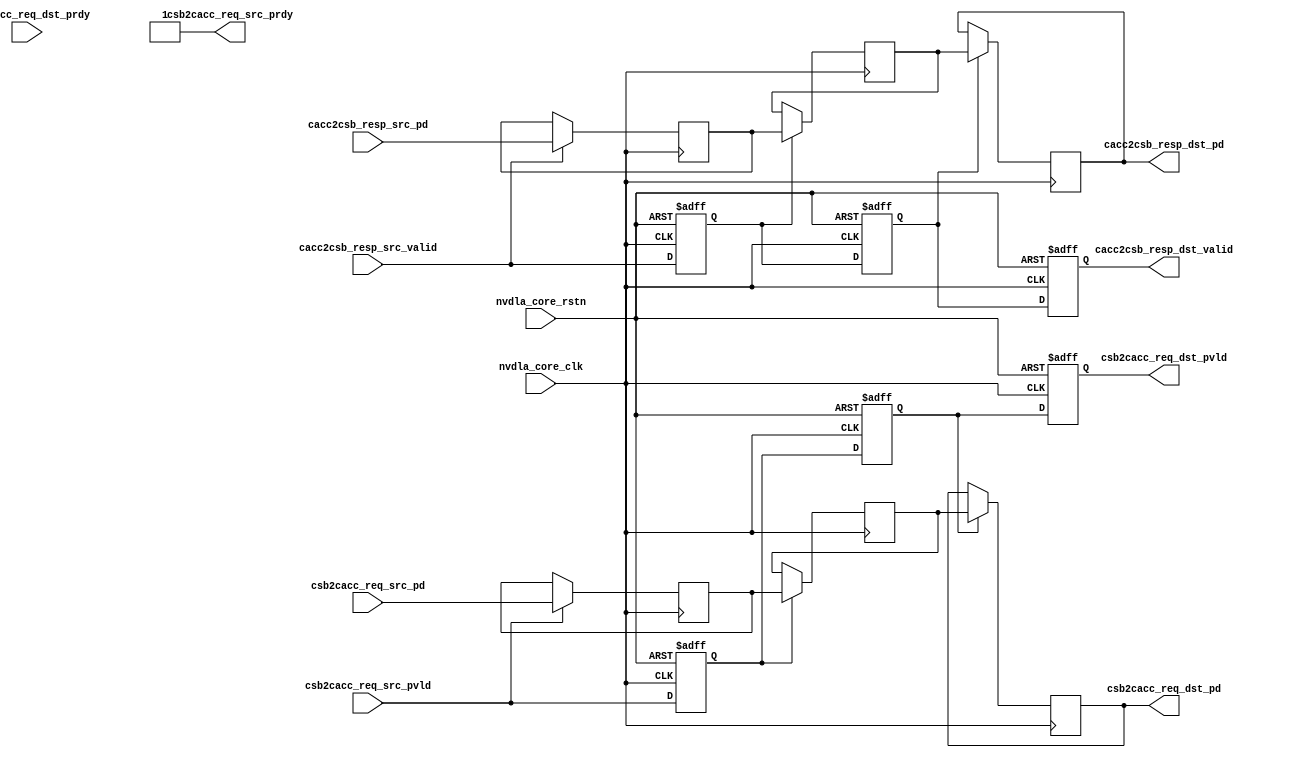
// ================================================================
// NVDLA Open Source Project
// 
// Copyright(c) 2016 - 2017 NVIDIA Corporation.  Licensed under the
// NVDLA Open Hardware License; Check "LICENSE" which comes with 
// this distribution for more information.
// ================================================================


module NV_NVDLA_RT_csb2cacc (
   nvdla_core_clk
  ,nvdla_core_rstn
  ,csb2cacc_req_src_pvld
  ,csb2cacc_req_src_prdy
  ,csb2cacc_req_src_pd
  ,cacc2csb_resp_src_valid
  ,cacc2csb_resp_src_pd
  ,csb2cacc_req_dst_pvld
  ,csb2cacc_req_dst_prdy
  ,csb2cacc_req_dst_pd
  ,cacc2csb_resp_dst_valid
  ,cacc2csb_resp_dst_pd
  );

//
// NV_NVDLA_RT_csb2cacc_ports.v
//
input  nvdla_core_clk;
input  nvdla_core_rstn;

input         csb2cacc_req_src_pvld;  /* data valid */
output        csb2cacc_req_src_prdy;  /* data return handshake */
input  [62:0] csb2cacc_req_src_pd;

input        cacc2csb_resp_src_valid;  /* data valid */
input [33:0] cacc2csb_resp_src_pd;     /* pkt_id_width=1 pkt_widths=33,33  */

output        csb2cacc_req_dst_pvld;  /* data valid */
input         csb2cacc_req_dst_prdy;  /* data return handshake */
output [62:0] csb2cacc_req_dst_pd;

output        cacc2csb_resp_dst_valid;  /* data valid */
output [33:0] cacc2csb_resp_dst_pd;     /* pkt_id_width=1 pkt_widths=33,33  */

wire [33:0] cacc2csb_resp_pd_d0;
wire        cacc2csb_resp_valid_d0;
wire [62:0] csb2cacc_req_pd_d0;
wire        csb2cacc_req_pvld_d0;
reg  [33:0] cacc2csb_resp_pd_d1;
reg  [33:0] cacc2csb_resp_pd_d2;
reg  [33:0] cacc2csb_resp_pd_d3;
reg         cacc2csb_resp_valid_d1;
reg         cacc2csb_resp_valid_d2;
reg         cacc2csb_resp_valid_d3;
reg  [62:0] csb2cacc_req_pd_d1;
reg  [62:0] csb2cacc_req_pd_d2;
reg  [62:0] csb2cacc_req_pd_d3;
reg         csb2cacc_req_pvld_d1;
reg         csb2cacc_req_pvld_d2;
reg         csb2cacc_req_pvld_d3;


assign csb2cacc_req_src_prdy = 1'b1;




assign csb2cacc_req_pvld_d0 = csb2cacc_req_src_pvld;
assign csb2cacc_req_pd_d0 = csb2cacc_req_src_pd;


assign cacc2csb_resp_valid_d0 = cacc2csb_resp_src_valid;
assign cacc2csb_resp_pd_d0 = cacc2csb_resp_src_pd;




always @(posedge nvdla_core_clk or negedge nvdla_core_rstn) begin
  if (!nvdla_core_rstn) begin
    csb2cacc_req_pvld_d1 <= 1'b0;
  end else begin
  csb2cacc_req_pvld_d1 <= csb2cacc_req_pvld_d0;
  end
end
always @(posedge nvdla_core_clk) begin
  if ((csb2cacc_req_pvld_d0) == 1'b1) begin
    csb2cacc_req_pd_d1 <= csb2cacc_req_pd_d0;
  // VCS coverage off
  end else if ((csb2cacc_req_pvld_d0) == 1'b0) begin
  end else begin
    csb2cacc_req_pd_d1 <= 'bx;  // spyglass disable STARC-2.10.1.6 W443 NoWidthInBasedNum-ML -- (Constant containing x or z used, Based number `bx contains an X, Width specification missing for based number)
  // VCS coverage on
  end
end


always @(posedge nvdla_core_clk or negedge nvdla_core_rstn) begin
  if (!nvdla_core_rstn) begin
    cacc2csb_resp_valid_d1 <= 1'b0;
  end else begin
  cacc2csb_resp_valid_d1 <= cacc2csb_resp_valid_d0;
  end
end
always @(posedge nvdla_core_clk) begin
  if ((cacc2csb_resp_valid_d0) == 1'b1) begin
    cacc2csb_resp_pd_d1 <= cacc2csb_resp_pd_d0;
  // VCS coverage off
  end else if ((cacc2csb_resp_valid_d0) == 1'b0) begin
  end else begin
    cacc2csb_resp_pd_d1 <= 'bx;  // spyglass disable STARC-2.10.1.6 W443 NoWidthInBasedNum-ML -- (Constant containing x or z used, Based number `bx contains an X, Width specification missing for based number)
  // VCS coverage on
  end
end


always @(posedge nvdla_core_clk or negedge nvdla_core_rstn) begin
  if (!nvdla_core_rstn) begin
    csb2cacc_req_pvld_d2 <= 1'b0;
  end else begin
  csb2cacc_req_pvld_d2 <= csb2cacc_req_pvld_d1;
  end
end
always @(posedge nvdla_core_clk) begin
  if ((csb2cacc_req_pvld_d1) == 1'b1) begin
    csb2cacc_req_pd_d2 <= csb2cacc_req_pd_d1;
  // VCS coverage off
  end else if ((csb2cacc_req_pvld_d1) == 1'b0) begin
  end else begin
    csb2cacc_req_pd_d2 <= 'bx;  // spyglass disable STARC-2.10.1.6 W443 NoWidthInBasedNum-ML -- (Constant containing x or z used, Based number `bx contains an X, Width specification missing for based number)
  // VCS coverage on
  end
end


always @(posedge nvdla_core_clk or negedge nvdla_core_rstn) begin
  if (!nvdla_core_rstn) begin
    cacc2csb_resp_valid_d2 <= 1'b0;
  end else begin
  cacc2csb_resp_valid_d2 <= cacc2csb_resp_valid_d1;
  end
end
always @(posedge nvdla_core_clk) begin
  if ((cacc2csb_resp_valid_d1) == 1'b1) begin
    cacc2csb_resp_pd_d2 <= cacc2csb_resp_pd_d1;
  // VCS coverage off
  end else if ((cacc2csb_resp_valid_d1) == 1'b0) begin
  end else begin
    cacc2csb_resp_pd_d2 <= 'bx;  // spyglass disable STARC-2.10.1.6 W443 NoWidthInBasedNum-ML -- (Constant containing x or z used, Based number `bx contains an X, Width specification missing for based number)
  // VCS coverage on
  end
end


always @(posedge nvdla_core_clk or negedge nvdla_core_rstn) begin
  if (!nvdla_core_rstn) begin
    csb2cacc_req_pvld_d3 <= 1'b0;
  end else begin
  csb2cacc_req_pvld_d3 <= csb2cacc_req_pvld_d2;
  end
end
always @(posedge nvdla_core_clk) begin
  if ((csb2cacc_req_pvld_d2) == 1'b1) begin
    csb2cacc_req_pd_d3 <= csb2cacc_req_pd_d2;
  // VCS coverage off
  end else if ((csb2cacc_req_pvld_d2) == 1'b0) begin
  end else begin
    csb2cacc_req_pd_d3 <= 'bx;  // spyglass disable STARC-2.10.1.6 W443 NoWidthInBasedNum-ML -- (Constant containing x or z used, Based number `bx contains an X, Width specification missing for based number)
  // VCS coverage on
  end
end


always @(posedge nvdla_core_clk or negedge nvdla_core_rstn) begin
  if (!nvdla_core_rstn) begin
    cacc2csb_resp_valid_d3 <= 1'b0;
  end else begin
  cacc2csb_resp_valid_d3 <= cacc2csb_resp_valid_d2;
  end
end
always @(posedge nvdla_core_clk) begin
  if ((cacc2csb_resp_valid_d2) == 1'b1) begin
    cacc2csb_resp_pd_d3 <= cacc2csb_resp_pd_d2;
  // VCS coverage off
  end else if ((cacc2csb_resp_valid_d2) == 1'b0) begin
  end else begin
    cacc2csb_resp_pd_d3 <= 'bx;  // spyglass disable STARC-2.10.1.6 W443 NoWidthInBasedNum-ML -- (Constant containing x or z used, Based number `bx contains an X, Width specification missing for based number)
  // VCS coverage on
  end
end




assign csb2cacc_req_dst_pvld = csb2cacc_req_pvld_d3;
assign csb2cacc_req_dst_pd = csb2cacc_req_pd_d3;


assign cacc2csb_resp_dst_valid = cacc2csb_resp_valid_d3;
assign cacc2csb_resp_dst_pd = cacc2csb_resp_pd_d3;





endmodule // NV_NVDLA_RT_csb2cacc